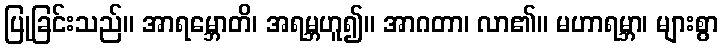
ပြုခြင်းသည်။ အာရမ္ဘောတိ၊ အရမ္ဘဟူ၍။ အာဂတာ၊ လာ၏။ မဟာရမ္ဘာ၊ များစွာ